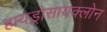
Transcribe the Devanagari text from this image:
हायड्रोसायक्लोन